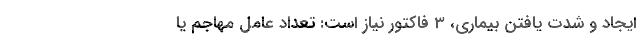
ایجاد و شدت یافتن بیماری، 3 فاکتور نیاز است: تعداد عامل مهاجم یا